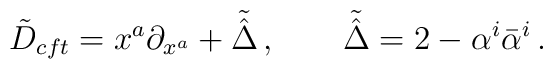
\tilde{D}_{cft}=x^a\partial_{x^a}+\tilde{\hat{\Delta}}\,,\qquad\tilde{\hat{\Delta}}=2-\alpha^i\bar{\alpha}^i\,.